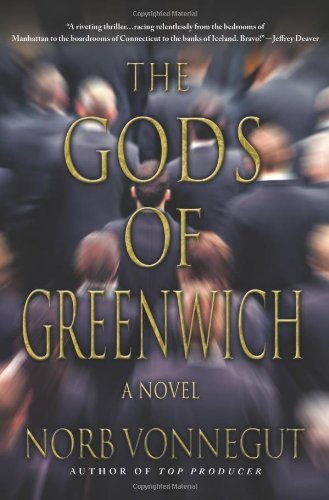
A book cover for The Gods of Greenwich; Norb Vonnegut; Mystery, Thriller & Suspense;